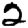
Digit: 2